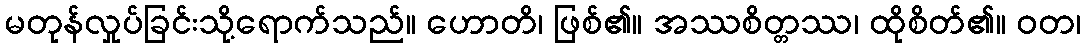
မတုန်လှုပ်ခြင်းသို့ရောက်သည်။ ဟောတိ၊ ဖြစ်၏။ အဿစိတ္တဿ၊ ထိုစိတ်၏။ ဝတ၊